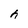
Character: h